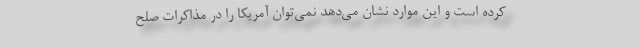
کرده است و این موارد نشان می‌دهد نمی‌توان آمریکا را در مذاکرات صلح